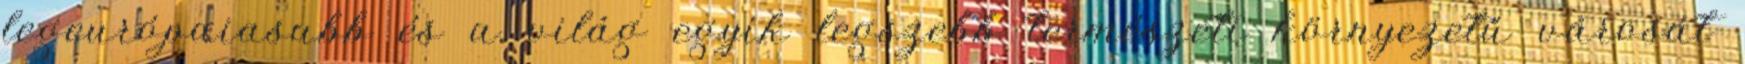
legeurópaiasabb és a világ egyik legszebb természeti környezetű városát